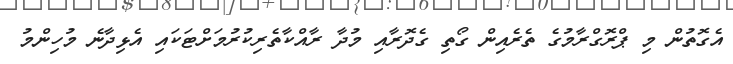
އެގޮތުން މި ޕްރޮގްރާމުގެ ތެރެއިން ގޯތި ގެދޮރާއި މުދާ ރާއްކާތެރިކުރުމަށްޓަކައި އެޅިދާނެ މުހިންމު